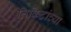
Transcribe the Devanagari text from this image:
तिकिटांच्या